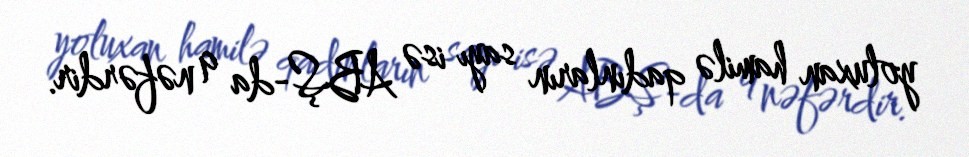
yoluxan hamilə qadınların sayı isə ABŞ-da 9 nəfərdir.